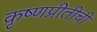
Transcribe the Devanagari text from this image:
कृष्णप्रीतीची